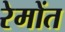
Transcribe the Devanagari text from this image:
रेमोंत